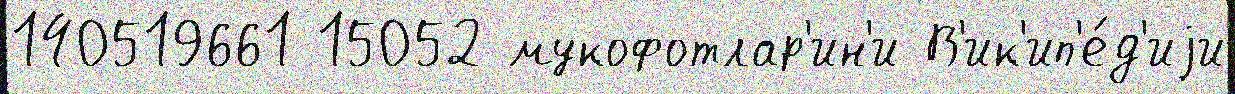
140519661 15052 мукофотлар'ин'и В'ик'ип'е́д'иjи